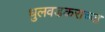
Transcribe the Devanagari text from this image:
धुलवडकराच्या